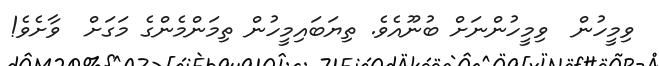
ވިމީހުން  ވިމީހުންނަށް ބުނޫއެވެ. ތިޔަބައިމީހުން ތިމަންމެންގެ މަގަށް  ވާށެވެ!